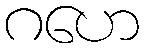
ဂဟေ